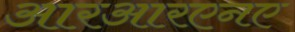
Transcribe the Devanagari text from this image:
आरआरएनए